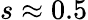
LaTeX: s\approx 0.5